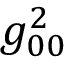
g _ { 0 0 } ^ { 2 }